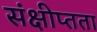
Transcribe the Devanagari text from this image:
संक्षीप्तता